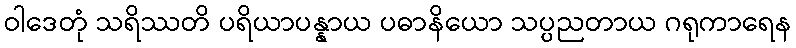
ဝါဒေတုံ သရိဿတိ ပရိယာပန္နာယ ပဓာနိယော သပ္ပညတာယ ဂရုကာရေန